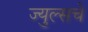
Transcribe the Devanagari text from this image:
ज्युल्सचे